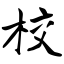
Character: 校